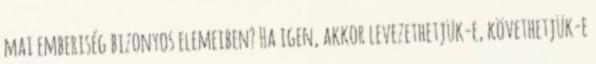
mai emberiség bizonyos elemeiben? Ha igen, akkor levezethetjük-e, követhetjük-e